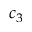
c _ { 3 }